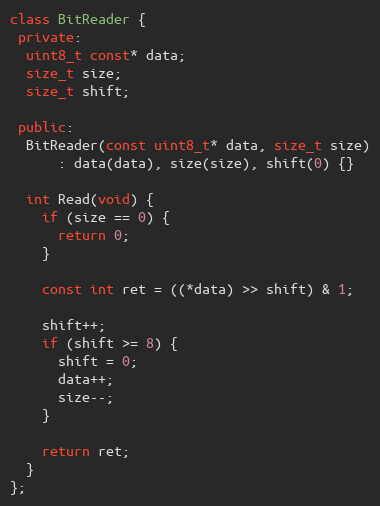
Language: C++
class BitReader {
 private:
  uint8_t const* data;
  size_t size;
  size_t shift;

 public:
  BitReader(const uint8_t* data, size_t size)
      : data(data), size(size), shift(0) {}

  int Read(void) {
    if (size == 0) {
      return 0;
    }

    const int ret = ((*data) >> shift) & 1;

    shift++;
    if (shift >= 8) {
      shift = 0;
      data++;
      size--;
    }

    return ret;
  }
};